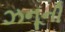
ઝનૂની